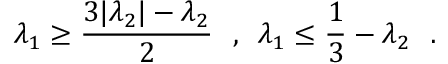
\lambda _ { 1 } \geq \frac { 3 | \lambda _ { 2 } | - \lambda _ { 2 } } { 2 } \ \mathrm { ~ , ~ } \ \lambda _ { 1 } \leq \frac { 1 } { 3 } - \lambda _ { 2 } \ \mathrm { ~ . ~ }